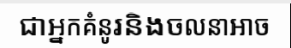
ជាអ្នកគំនូរនិងចលនាអាច